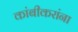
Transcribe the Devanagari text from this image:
कांबीकरांना